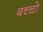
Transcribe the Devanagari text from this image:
बच्‍चो